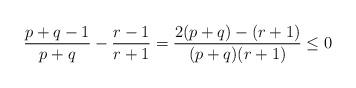
LaTeX: \begin{align*}\frac{p+q-1}{p+q}-\frac{r-1}{r+1}=\frac{2(p+q)-(r+1)}{(p+q)(r+1)}\le0\end{align*}